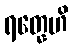
ရတ္နေဟိ